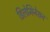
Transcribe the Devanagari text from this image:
डिलेमिनेशन